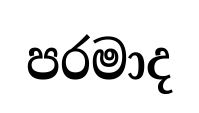
පරමාද